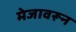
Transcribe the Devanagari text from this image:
मेजावरून